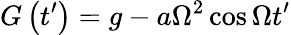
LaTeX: G\left(t^{\prime}\right)=g-a\Omega^{2}\cos{\Omega t^{\prime}}